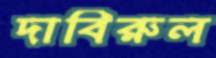
দাবিরুল